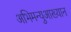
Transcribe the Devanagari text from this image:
अभिमन्युआख्यान